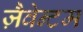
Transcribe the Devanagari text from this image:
ज़ैवेन्टम